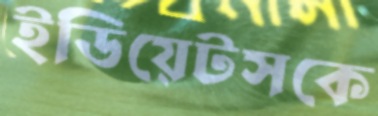
ইডিয়েটসকে